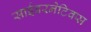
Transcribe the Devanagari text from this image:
साईबरनेटिक्स